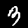
Digit: 3